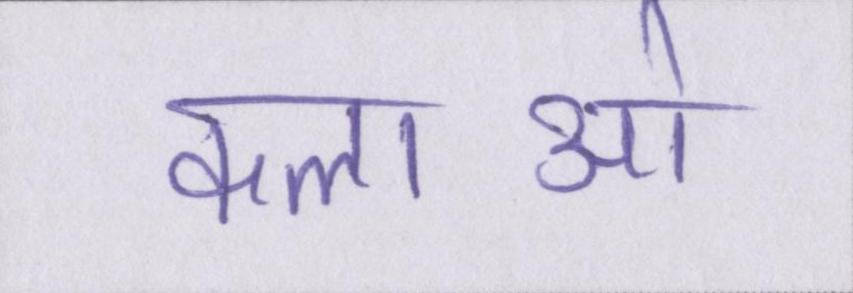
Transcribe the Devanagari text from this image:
कलाओ